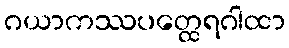
ဂယာကဿပတ္ထေရဂါထာ